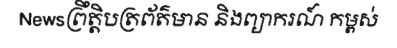
Newsព្រឹត្តិបត្រព័ត៌មាន និងព្យាករណ៍ កម្ពស់